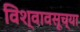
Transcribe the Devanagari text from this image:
विश्वावसूच्या